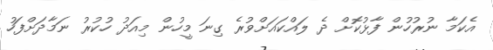
އެކަމާ ނުރުހުން ފާޅުކޮށް ދެ ލައްކައަށްވުރެ ގިނަ މީހުން މިއަދު ހުކުރު ނަމާދަށްފަހު